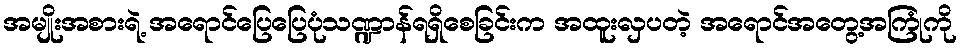
အမျိုးအစားရဲ့ အရောင်ပြေပြေပုံသဏ္ဍာန်ရရှိစေခြင်းက အထူးလှပတဲ့ အရောင်အတွေ့အကြုံကို